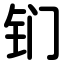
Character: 钔